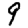
Digit: 9